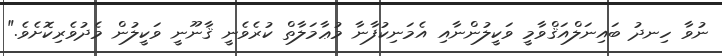
ނުވާ ހިނދު ބައިނަލްއަޤްވާމީ ވަކީލުންނާއި އެމަނިކުފާނާ މުޢާމަލާތް ކުރެވެނީ ޤާނޫނީ ވަކީލުން މެދުވެރިކޮށެވެ."